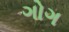
ગોગ